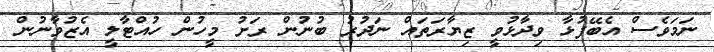
ނަމަވެސް އެބޭފުޅާ ވިދާޅުވީ ޒިޔާރަތައް ނަދުރު ބުނުން ރަށު މީހުން ހުއްޓާލީ އެޒުވާނުން